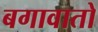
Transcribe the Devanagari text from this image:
बगावातो